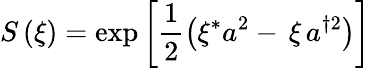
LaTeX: S\left(\xi\right)=\exp\left[\frac{1}{2}\left(\xi^{*}a^{2}-\, \xi\, a^{\dagger 2}\right)\right]